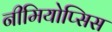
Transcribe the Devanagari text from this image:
नीमियोप्सिस